Lunatic asylums Punjab 1868-1880 - 1868-1880
Year: 1868
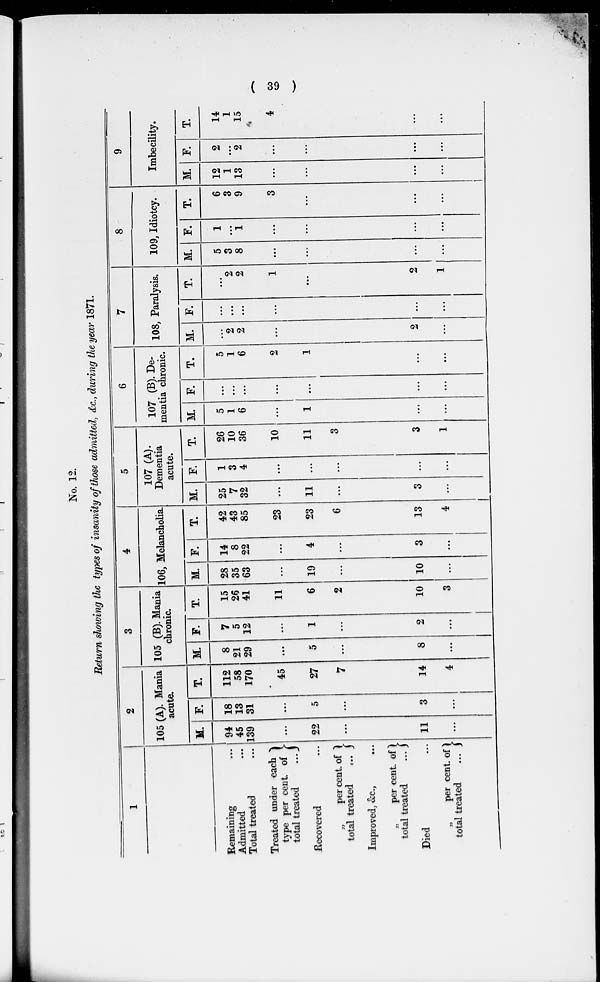
39
No. 12.
Return showing the types of insanity of those admitted, &.c., during the year 1871.
1
Remaining...
Admitted...
Total treated...
Treated under each
type per cent of
total treated ...
Recovered...
„
per cent. of
total treated
...
Improved, &c., ...
„
per cent. of
total treated
...
Died ...
„
per cent. of
total treated
...
2
105 (A). Mania
acute.
M.
94
45
139
...
22
...
11
...
F.
18
13
31
...
5
...
3
...
T.
112
58
170
45
27
7
14
4
3
105 (B). Mania
chronic.
M.
8
21
29
...
5
...
8
...
F.
7
5
12
...
1
...
2
...
T.
15
26
41
11
6
2
10
3
4
106, Melancholia.
M.
28
35
63
...
19
...
10
...
F.
14
8
22
...
4
...
3
...
T.
42
43
85
23
23
6
13
4
5
107 (A).
Dementia
acute.
M.
25
7
32
...
11
...
3
...
F.
1
3
4
...
...
...
...
...
T.
26
10
36
10
11
3
3
1
6
107 (B). De-
mentia chronic.
M.
5
1
6
...
1
...
...
...
F.
...
...
...
...
...
...
...
...
T.
5
1
6
2
1
...
...
...
7
108, Paralysis.
M.
...
2
2
...
...
...
2
...
F.
...
...
...
...
...
...
...
...
T.
...
2
2
1
...
...
2
1
8
109, Idiotcy.
M.
5
3
8
...
...
...
...
...
F.
1
...
1
...
...
...
...
...
T.
6
3
9
3
...
...
...
...
9
Imbecility.
M.
12
1
13
...
...
...
...
...
F.
2
...
2
...
...
...
...
...
T.
14
1
15
4
...
...
...
...